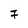
Character: 7